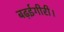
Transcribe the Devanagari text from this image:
बढ़ईगीरी।